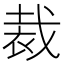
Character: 裁